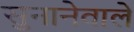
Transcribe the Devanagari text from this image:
सुनानेवाले